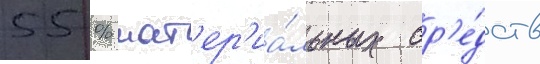
55 % мат'ер'иа́льных ср'е́дств